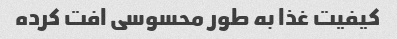
کیفیت غذا به طور محسوسی افت کرده